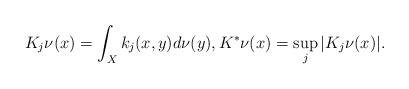
LaTeX: \begin{align*}K_{j}\nu(x)=\int_{X}k_j(x,y)d\nu(y), K^{*}\nu(x)=\sup_{j}\vert K_j\nu(x)\vert.\end{align*}